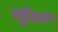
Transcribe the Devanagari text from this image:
लुइज़िआना